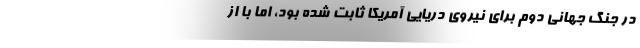
در جنگ جهانی دوم برای نیروی دریایی آمریکا ثابت شده بود، اما با از